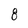
Character: 8